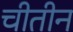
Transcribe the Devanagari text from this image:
चीतीन